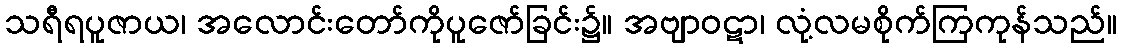
သရီရပူဇာယ၊ အလောင်းတော်ကိုပူဇော်ခြင်း၌။ အဗျာဝဋာ၊ လုံ့လမစိုက်ကြကုန်သည်။